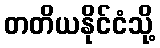
တတိယနိုင်ငံသို့